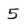
Character: 5